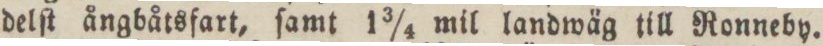
delſt ångbåtsfart, ſamt 1¾ mil landwäg till Ronneby.